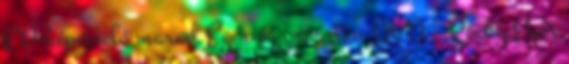
EP-képviselő marad Egér és oroszlán DVD - Rocky Egér